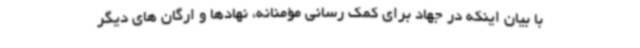
با بیان اینکه در جهاد برای کمک رسانی مؤمنانه، نهادها و ارگان های دیگر